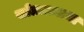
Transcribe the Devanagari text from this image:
खोडाळ्याचा